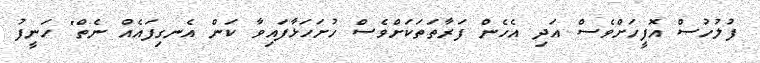
ފުލުހުސް އޮފީހަށްވެސް އަދި އެހެން ފަރާތަތަކަށްވެސް ހުށަހަޅާފައިވާ ކަން އެނގިފައެއް ނެތް" ހަނީފު